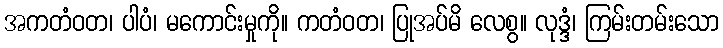
အကတံဝတ၊ ပါပံ၊ မကောင်းမှုကို။ ကတံဝတ၊ ပြုအပ်မိ လေစွ။ လုဒ္ဒံ၊ ကြမ်းတမ်းသော